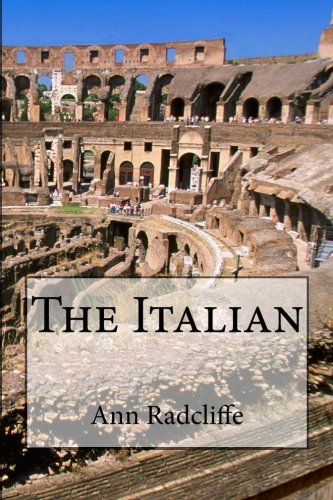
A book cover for The Italian; Ann Radcliffe; Romance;